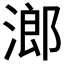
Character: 𱧧